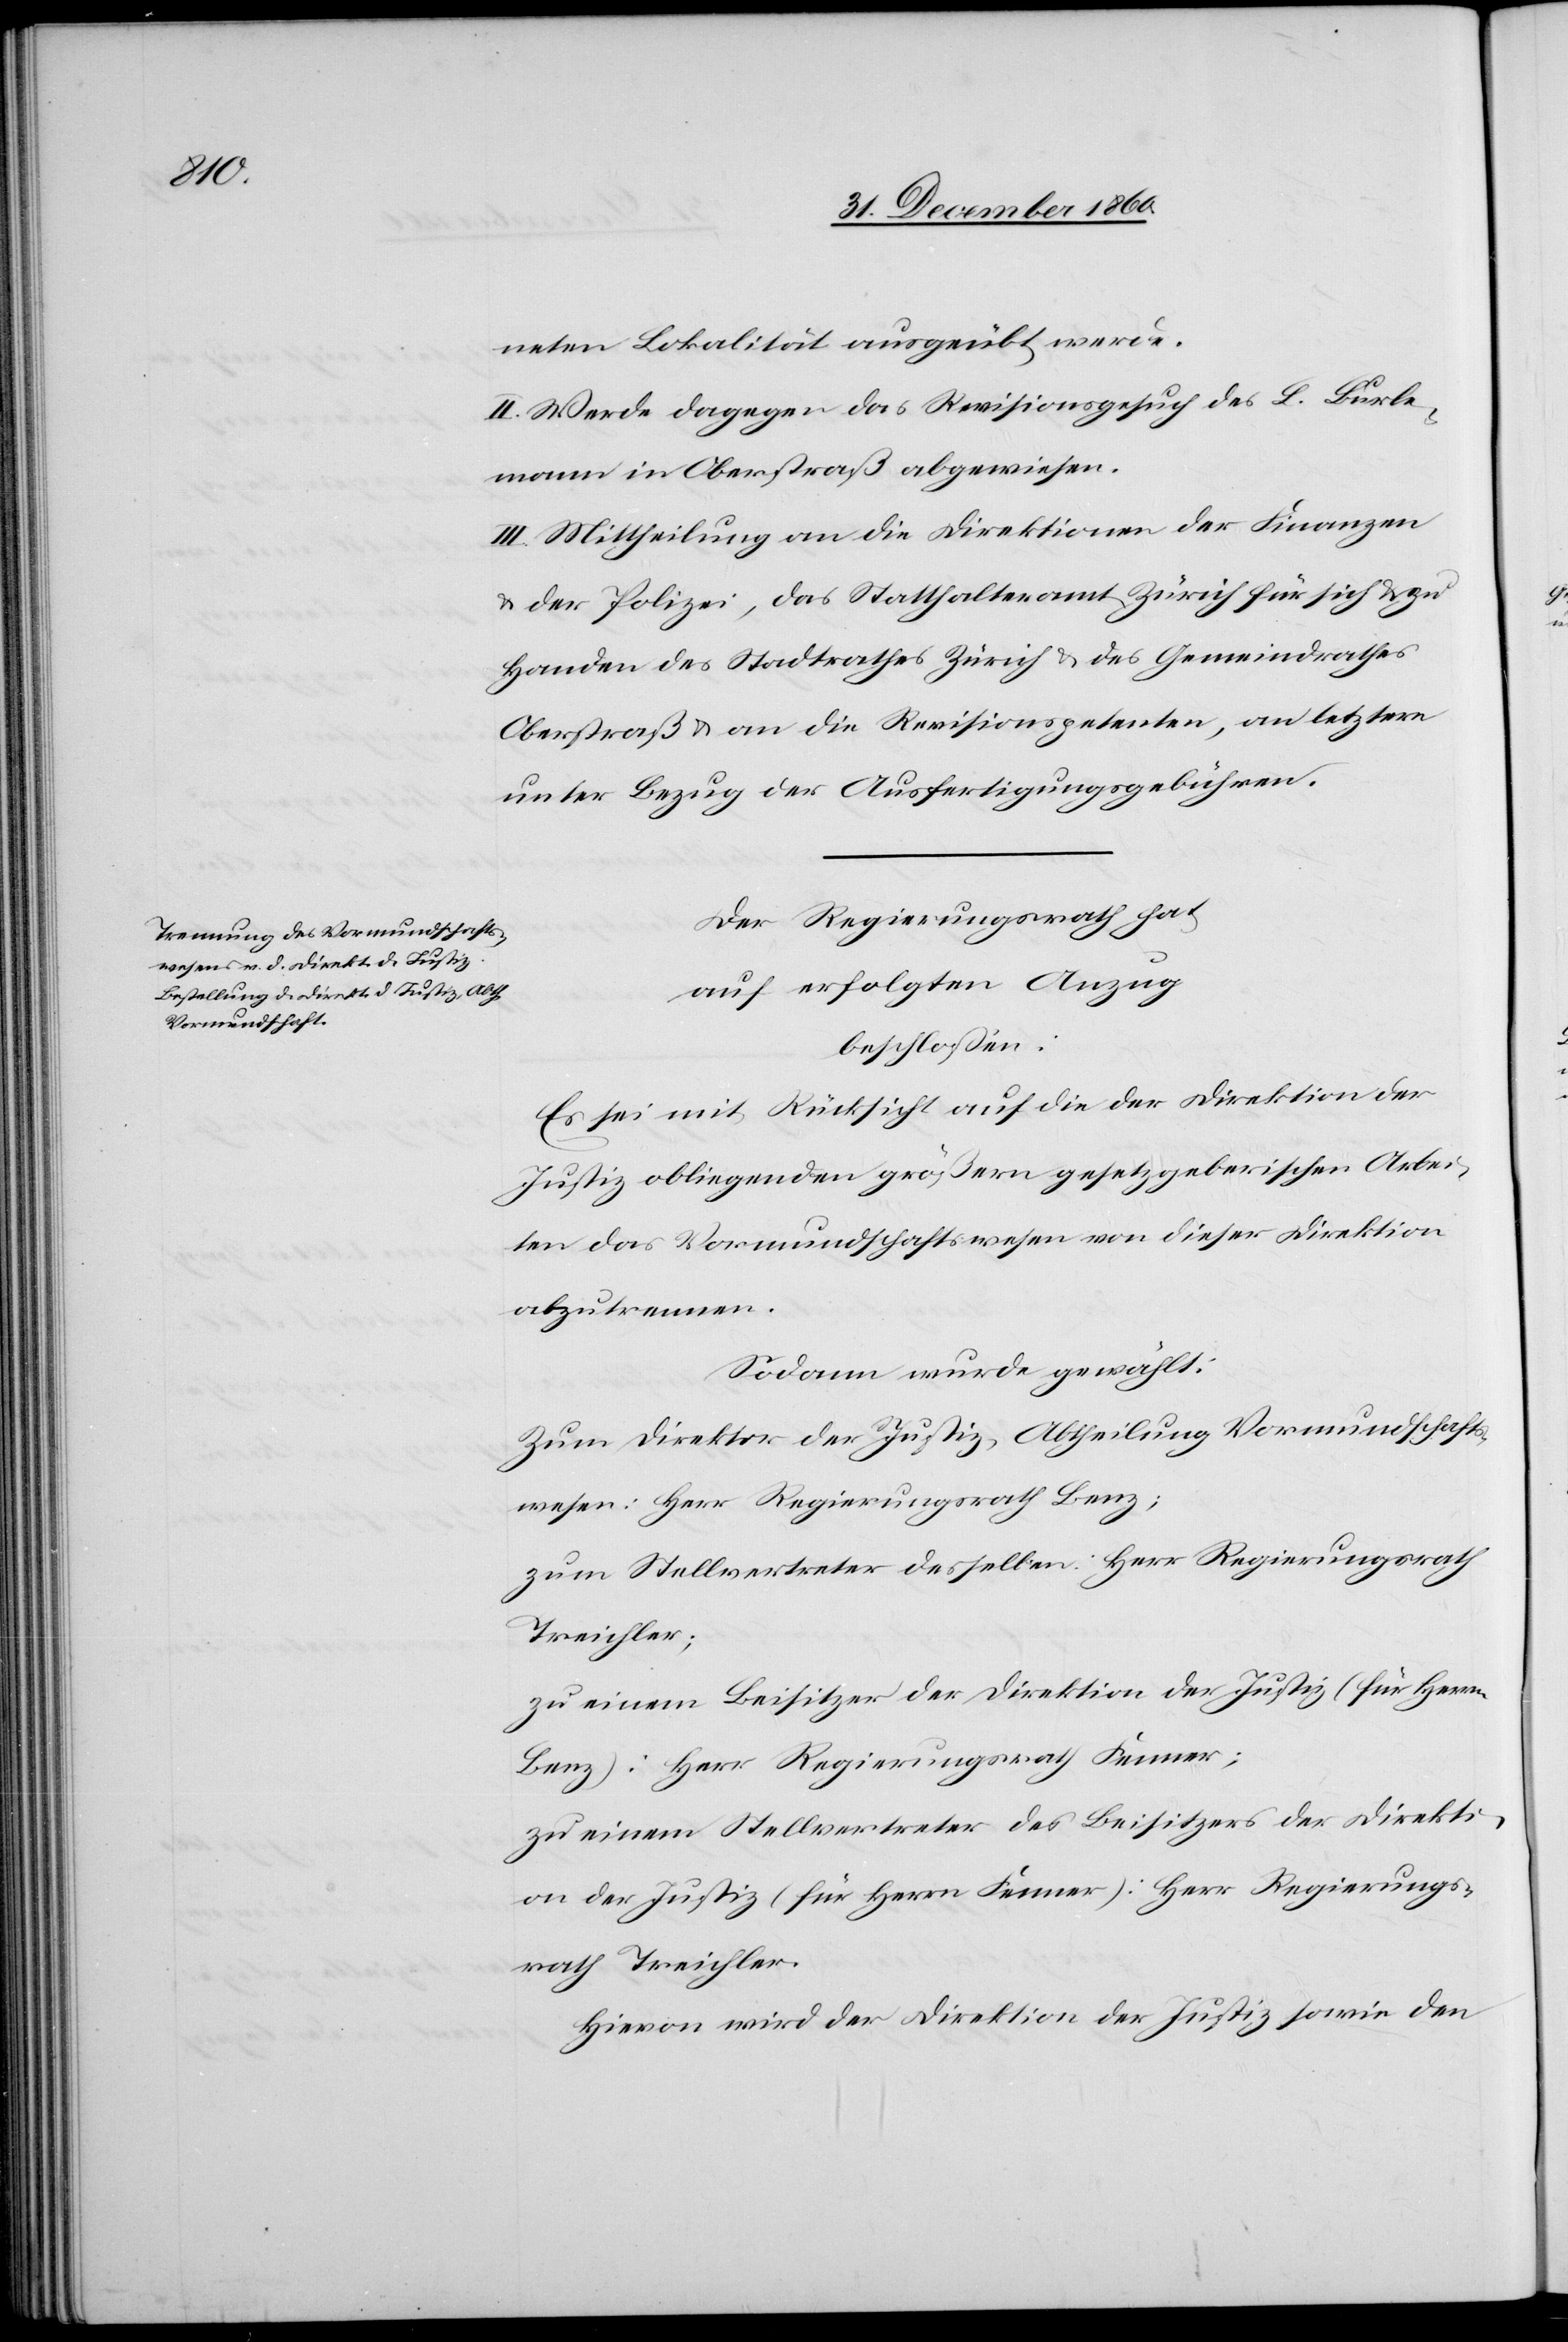
neten Lokalität ausgeübt werde.
II. Werde dagegen das Revisionsgesuch des L. Burle¬
mann in Oberstraß abgewiesen.
III. Mittheilung an die Direktionen der Finanzen
u. der Polizei, das Statthalteramt Zürich für sich u. zu
Handen des Stadtrathes Zürich u. des Gemeindrathes
Oberstraß u. an die Revisionspetenten, an letztere
unter Bezug der Ausfertigungsgebühren.
Der Regierungsrath hat
auf erfolgten Anzug
beschlossen:
Es sei mit Rücksicht auf die der Direktion der
Justiz obliegenden größern gesetzgeberischen Arbei¬
ten das Vormundschaftswesen von dieser Direktion
abzutrennen.
Sodann wurde gewählt:
Zum Direktor der Justiz, Abtheilung Vormundschafts¬
wesen: Herr Regierungsrath Benz;
zum Stellvertreter desselben: Herr Regierungsrath
Treichler;
zu einem Beisitzer der Direktion der Justiz (für Herrn
Benz): Herr Regierungsrath Fenner;
zu einem Stellvertreter des Beisitzes der Direkti¬
on der Justiz (für Herrn Fenner): Herr Regierungs¬
rath Treichler.
Hievon wird der Direktion der Justiz sowie den